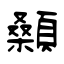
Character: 顙